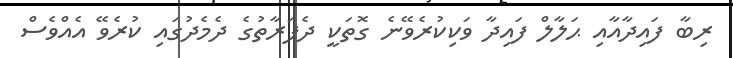
ރިބާ ފައިދާއާއި ޙަލާލް ފައިދާ ވަކިކުރެވޭނެ ގޮތަކީ ދެފަރާތުގެ ދެމެދުގައި ކުރެވޭ އެއްވެސް